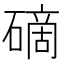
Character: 𥕐